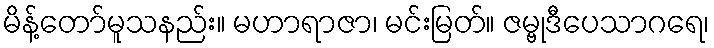
မိန့်တော်မူသနည်း။ မဟာရာဇာ၊ မင်းမြတ်။ ဇမ္ဗုဒီပေသာဂရေ၊